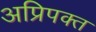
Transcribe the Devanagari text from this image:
अप्रिपक्त